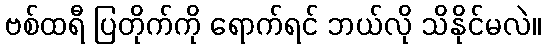
ဗစ်ထရီ ပြတိုက်ကို ရောက်ရင် ဘယ်လို သိနိုင်မလဲ။